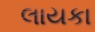
લાયકા